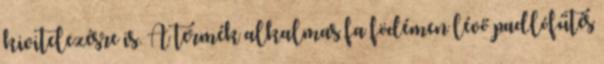
kivitelezésre is. A termék alkalmas fa födémen lévő padlófűtés